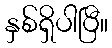
နှစ်ရှိပါပြီ။